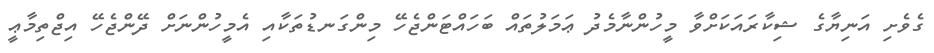
ގެވެށި އަނިޔާގެ ޝިކާރައަކަށްވާ މީހުންނާމެދު ޢަމަލުތައް ބަހައްޓަންޖެހޭ މިންގަނޑުތަކާއި އެމީހުންނަށް ދޭންޖެހޭ އިޖްތިމާޢީ